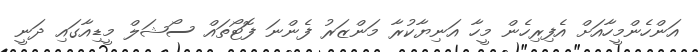
އަންހެންމީހާއަށް އެފިރިހެން މީހާ އަނިޔާކުރާ މަންޒަރު ފެންނަ ފޮޓޯތައް ސޯޝަލް މީޑިއާގައި ދަނީ